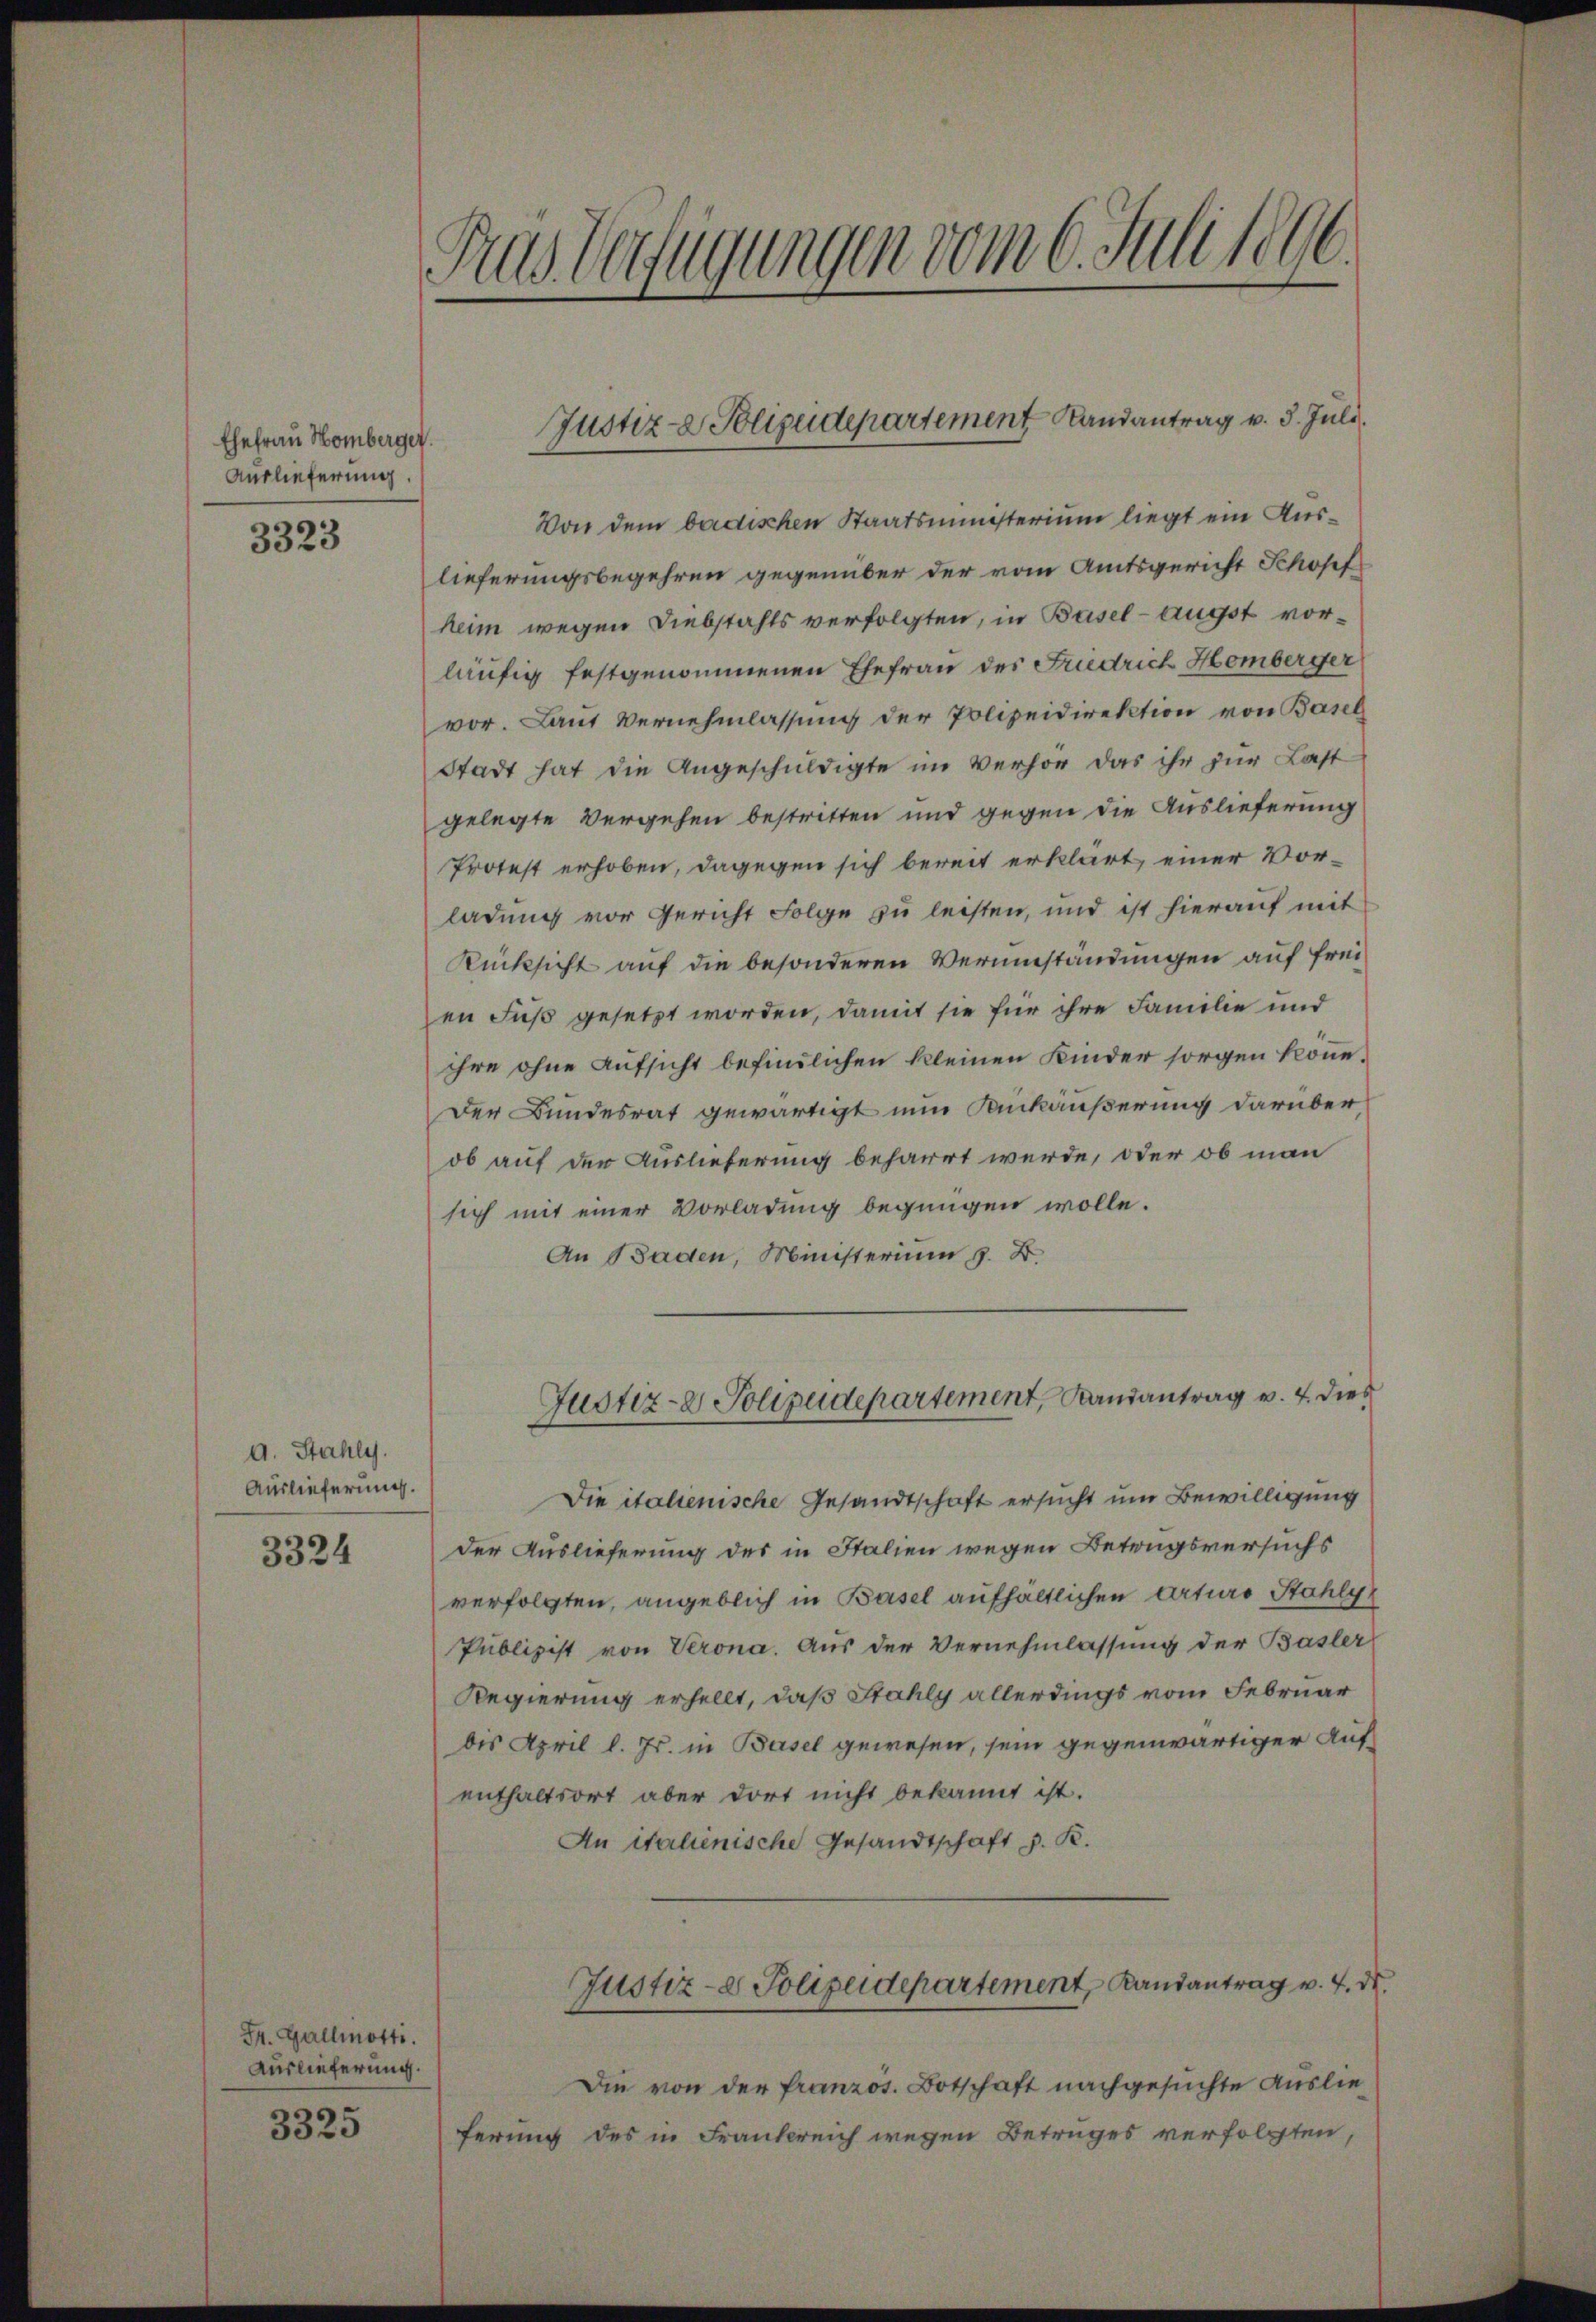
Ehefrau Homberger.
Auslieferung.

3323

a. Stahly.
Auslieferung.

3324

Fr. Gallmatte.
Auslieferung.

3325

Tras Verfügungen vom 6. Juli 1896.

Von dem badischen Staatsmünsterium liegt ein Auslieferungsbegehren gegenüber der vom Amtsgericht Schopf
heim wegen Diebstahls verfolgten, in Basel-Augst vorläufig festgenommenen Ehefrau des Friedrich Homberger
vor. Laut Vernehmlassung der Polizeidirektion von Basel
Stadt hat die Angeschuldigte im Verhör das ihr zur Last
gelegte Vergehen bestritten und gegen die Auslieferung
Protest erhoben, dagegen sich bereit erklärt, einer Vorladung vor Gericht Folge zu leisten, und ist hierauf mit
Rücksicht auf die besonderen Verumständungen auf freien Fuß gesetzt worden, damit sie für ihre Familie und
ihre ohne Aufsicht befindlichen kleinen Kinder sorgen könne.
Der Bundesrat gewärtigt nun Ankäußerung darüber,
ob auf der Auslieferung beharrt werde, oder ob man
sich mit einer Vorladung begnügen wolle.
An Baden, Münsterium z. B.
Justiz- & Polizeidepartement, Landantrag v. 4. dies
Die italienische Gesandtschaft ersucht um Bewilligung
der Auslieferung des in Italien wegen Betrugsversuchs
verfolgten, angeblich in Basel aufhältlichen Arturo Stahly
Publizist von Verona. Aus der Vernehmlassung der Basler
Regierung erhellt, daß Stahly allerdings vom Februar
bis April l. Js. in Basel gewesen, sein gegenwärtiger Aufenthaltsort aber dort nicht bekannt ist.
An italienische Gesandtschaft z. K.
Justiz- & Polizeidepartement, Landantrag v. 4. d.
Die von der franzos. Botschaft nachgesuchte Auslieferung des in Frankreich wegen Betruges verfolgten,

Justiz- & Polizeidepartement Landantrag v. 3. Juli.